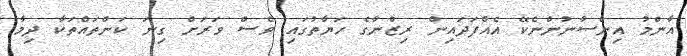
އާންމު އިންސާނުންނެކޭ އެއްފަދައިން ރިޒްނާގެ ހަޔާތުގައި ވެސް ވަރަށް ގިނަ ކަންތައްތަކާ ދިމާ